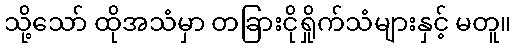
သို့သော် ထိုအသံမှာ တခြားငိုရှိုက်သံများနှင့် မတူ။